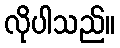
လိုပါသည်။